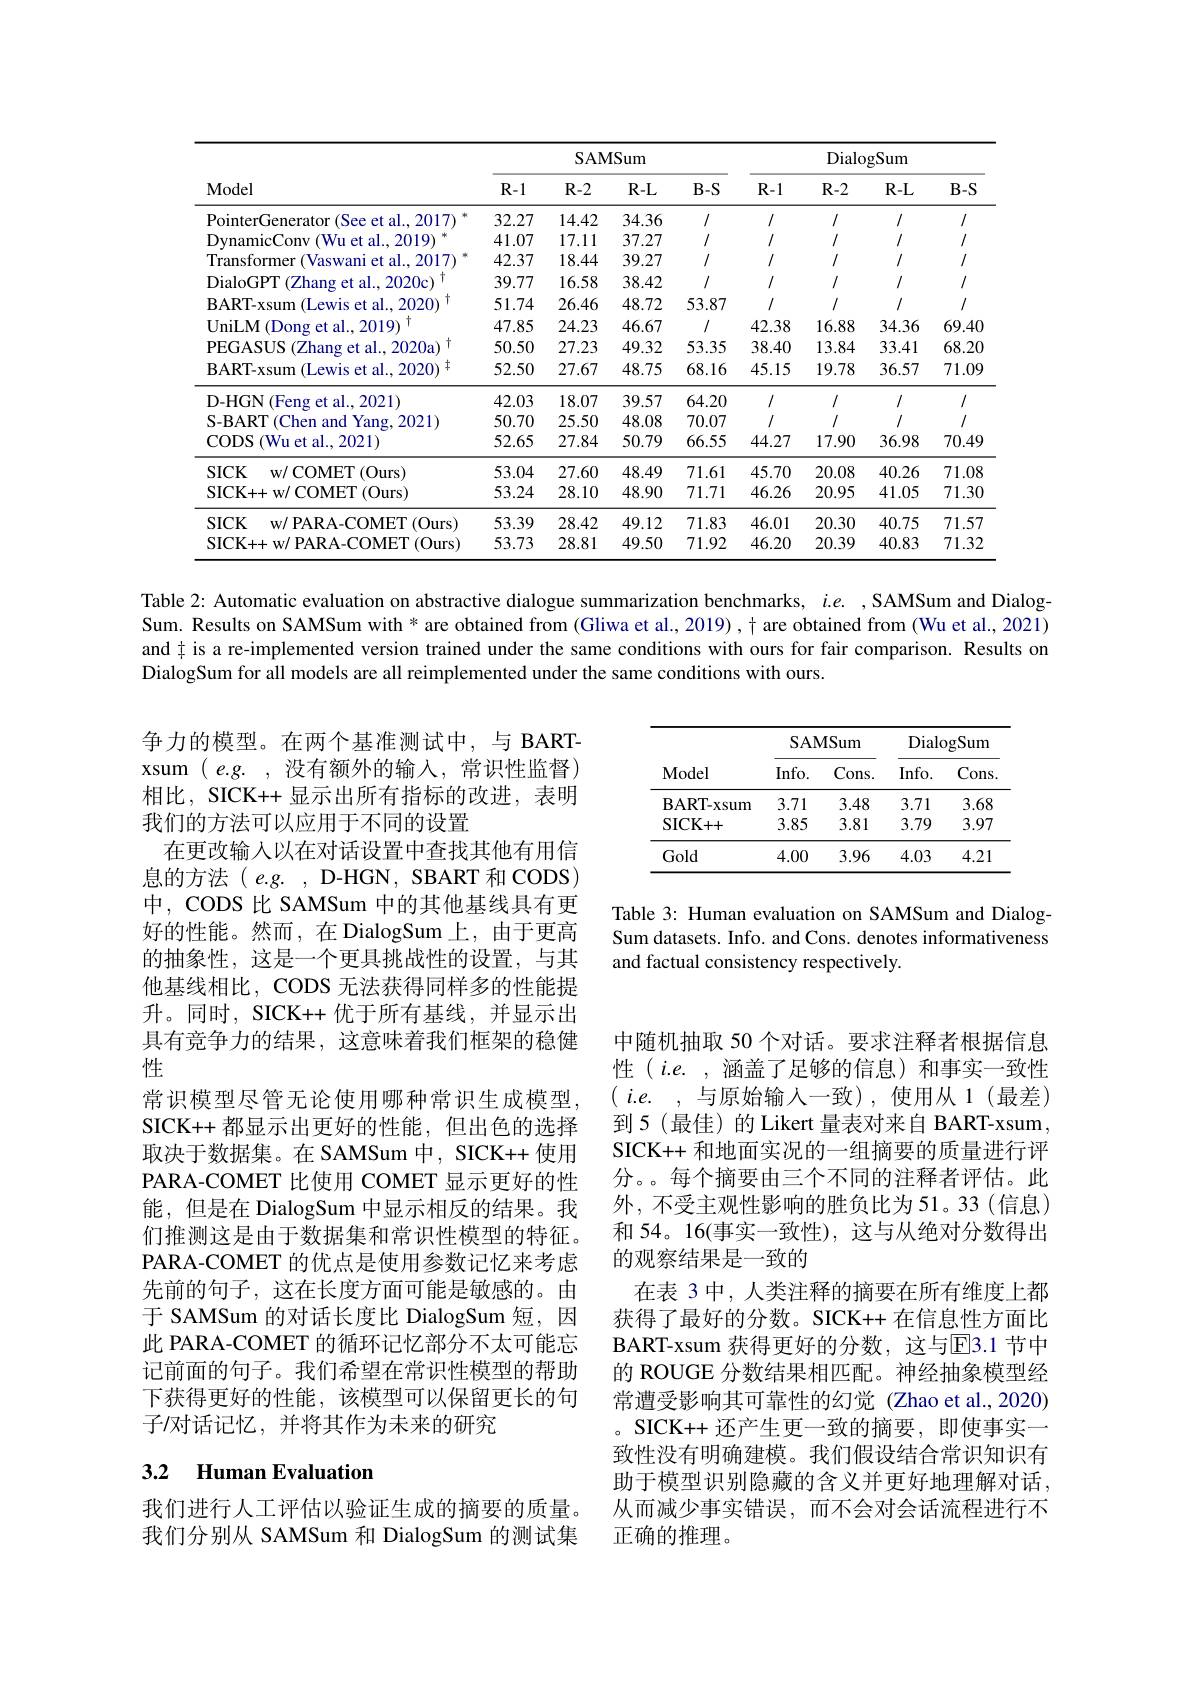
<table>
	<tbody>
		<tr>
			<th rowspan="2">Model</th>
			<th colspan="4">SAMSum</th>
			<th colspan="4">DialogSum</th>
		</tr>
		<tr>
			<th>$R-1$</th>
			<th>$R-2$</th>
			<th>$R-L$</th>
			<th>$B-S$</th>
			<th>$R-1$</th>
			<th>$R-2$</th>
			<th>$R-L$</th>
			<th>$B-S$</th>
		</tr>
		<tr>
			<td>PointerGenerator r(See et al.,2017)</td>
			<td>32.27</td>
			<td></td>
			<td>34.36</td>
			<td>1/</td>
			<td>1/</td>
			<td>1</td>
			<td>1/</td>
			<td>1/</td>
		</tr>
		<tr>
			<td>$\nu($Wu et al., 2019) DynamicConv</td>
			<td>41.07</td>
			<td>17.11</td>
			<td>37.27</td>
			<td>1/</td>
			<td></td>
			<td>1/</td>
			<td>1/</td>
			<td></td>
		</tr>
		<tr>
			<td>Transformer (Vaswani et al., 2017)</td>
			<td>42.37</td>
			<td>18.44</td>
			<td>39.27</td>
			<td>1/</td>
			<td>1/</td>
			<td>1</td>
			<td>1/</td>
			<td>1/</td>
		</tr>
		<tr>
			<td>DialoGPT (Zhang et al., 2020c)</td>
			<td>39.77</td>
			<td>16.58</td>
			<td>38.42</td>
			<td>1/</td>
			<td>1/</td>
			<td>1</td>
			<td>1/</td>
			<td>1/</td>
		</tr>
		<tr>
			<td>BART- xsum (Lewis et al.2020</td>
			<td>51.74</td>
			<td>26.46</td>
			<td>48.72</td>
			<td>53.87</td>
			<td></td>
			<td>1</td>
			<td>1/</td>
			<td></td>
		</tr>
		<tr>
			<td>$\mathbf{UniLM}$ (Dong et al..2019)</td>
			<td>47.85</td>
			<td>24.23</td>
			<td>46.67</td>
			<td>$I$</td>
			<td>42.38</td>
			<td>16.88</td>
			<td>34.36</td>
			<td>69.40</td>
		</tr>
		<tr>
			<td>PEGASUS (Zhang et al., 2020a)</td>
			<td>50.50</td>
			<td>27.23</td>
			<td>49.32</td>
			<td>53.35</td>
			<td>38.40</td>
			<td>13.84</td>
			<td>33.41</td>
			<td>68.20</td>
		</tr>
		<tr>
			<td>BART- xsum ( Lewis et al. , 2020) $\pm$</td>
			<td>52.50</td>
			<td>27.67</td>
			<td>48.75</td>
			<td>68.16</td>
			<td>45.15</td>
			<td>19.78</td>
			<td>36.57</td>
			<td>71.09</td>
		</tr>
		<tr>
			<td>D-HGN $\textcircled{\mathrm{s}}$et al., 2021) 1</td>
			<td>42.03</td>
			<td>18.07</td>
			<td>39.57</td>
			<td>64.20</td>
			<td>1/</td>
			<td>1/</td>
			<td>$I$</td>
			<td>1/</td>
		</tr>
		<tr>
			<td>S-BART(Chen and Yang, 2021)</td>
			<td>50.70</td>
			<td>25.50</td>
			<td>48.08</td>
			<td>70.07</td>
			<td>1/</td>
			<td></td>
			<td>1/</td>
			<td>$I$</td>
		</tr>
		<tr>
			<td>CODS ( Wu et al. , 2021) </td>
			<td>52.65</td>
			<td>27.84</td>
			<td>50.79</td>
			<td>66.55</td>
			<td>44.27</td>
			<td>17.90</td>
			<td>36.98</td>
			<td>70.49</td>
		</tr>
		<tr>
			<td>$SICK$ w/ COMET ( Ours) </td>
			<td>53.04</td>
			<td>27.60</td>
			<td>48.49</td>
			<td>71.61</td>
			<td>45.70</td>
			<td>20.08</td>
			<td>40.26</td>
			<td>71.08</td>
		</tr>
		<tr>
			<td>SICK+ + w/ COMET( Ours) </td>
			<td></td>
			<td>28.10</td>
			<td>48.90</td>
			<td>71.71</td>
			<td>46.26</td>
			<td>20.95</td>
			<td>41.05</td>
			<td>71.30</td>
		</tr>
		<tr>
			<td>SICK w/ PARA- COMET ( Ours) </td>
			<td>53.39</td>
			<td>28.42</td>
			<td>49.12</td>
			<td>71.83</td>
			<td>46.01</td>
			<td>20.30</td>
			<td>40.75</td>
			<td>71.57</td>
		</tr>
		<tr>
			<td>SICK+ + w/ PARA- COMET( Ours) </td>
			<td>53.73</td>
			<td>28.81</td>
			<td>49.50</td>
			<td>71.92</td>
			<td>46.20</td>
			<td>20.39</td>
			<td>40.83</td>
			<td>71.32</td>
		</tr>
	</tbody>
</table>

Table 2: Automatic evaluation on abstractive dialogue summarization benchmarks, $i.e.$ ,SAMSum and DialogSum. Results on SAMSum with * are obtained from (Gliwa et al., 2019) , + are obtained from (Wu et al., 2021) and $\ddagger$ is a re-implemented version trained under the same conditions with ours for fair comparison. Results on DialogSum for all models are all reimplemented under the same conditions with ours.

<table>
	<tbody>
		<tr>
			<th rowspan="2">Model</th>
			<th colspan="2">SAMSum</th>
			<th colspan="2">DialogSum</th>
		</tr>
		<tr>
			<th>$Info.$</th>
			<th>Cons. </th>
			<th>$Info.$</th>
			<th>Cons</th>
		</tr>
		<tr>
			<td>BART- xsum</td>
			<td>3.71</td>
			<td>3.48</td>
			<td>3.71</td>
			<td>3.68</td>
		</tr>
		<tr>
			<td>SICK+ + </td>
			<td>3.85</td>
			<td>3.81</td>
			<td>3.79</td>
			<td>3.97</td>
		</tr>
		<tr>
			<td>Gold</td>
			<td>4.00</td>
			<td>3.96</td>
			<td>4.03</td>
			<td>4.21</td>
		</tr>
	</tbody>
</table>

Table 3: Human evaluation on SAMSum and DialogSum datasets. Info. and Cons. denotes informativeness and factual consistency respectively.

争力的模型。在两个基准测试中，与 BARTxsum $(e.g.$, 没有额外的输入，常识性监督) 相比，SICK++ 显示出所有指标的改进，表明我们的方法可以应用于不同的设置
在更改输入以在对话设置中查找其他有用信息的方法(e.g.,D-HGN,SBART和CODS) 中，CODS 比 SAMSum 中的其他基线具有更好的性能。然而，在 DialogSum 上，由于更高的抽象性，这是一个更具挑战性的设置，与其他基线相比，CODS 无法获得同样多的性能提升。同时，SICK++ 优于所有基线，并显示出具有竞争力的结果，这意味着我们框架的稳健性
常识模型尽管无论使用哪种常识生成模型， SICK++都显示出更好的性能，但出色的选择取决于数据集。在 SAMSum 中，SICK++ 使用PARA-COMET 比使用 COMET 显示更好的性能，但是在 DialogSum 中显示相反的结果。我们推测这是由于数据集和常识性模型的特征。PARA-COMET 的优点是使用参数记忆来考虑先前的句子，这在长度方面可能是敏感的。由于 SAMSum 的对话长度比 DialogSum 短，因此 PARA-COMET 的循环记忆部分不太可能忘记前面的句子。我们希望在常识性模型的帮助下获得更好的性能，该模型可以保留更长的句子/对话记忆，并将其作为未来的研究

中随机抽取 50 个对话。要求注释者根据信息性$(i.e.$,涵盖了足够的信息)和事实一致性$\left(\begin{array}{cc}{i.e.}&{,}&{\text{与原始输入一致),使用从1(最差，}}\end{array}\right)$ 到5(最佳)的 Likert 量表对来自 BART-xsum, SICK++ 和地面实况的一组摘要的质量进行评分。。每个摘要由三个不同的注释者评估。此外，不受主观性影响的胜负比为 51。33(信息) 和 54。16(事实一致性), 这与从绝对分数得出的观察结果是一致的
在表 3 中，人类注释的摘要在所有维度上都获得了最好的分数。SICK++在信息性方面比BART-xsum 获得更好的分数，这与E3.1 节中的 ROUGE 分数结果相匹配。神经抽象模型经常遭受影响其可靠性的幻觉 (Zhao et al.,2020) 。SICK++ 还产生更一致的摘要，即使事实一致性没有明确建模。我们假设结合常识知识有助于模型识别隐藏的含义并更好地理解对话， 从而减少事实错误，而不会对会话流程进行不正确的推理。

## 3.2 Human Evaluation

我们进行人工评估以验证生成的摘要的质量。我们分别从 SAMSum 和 DialogSum 的测试集